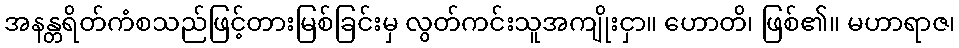
အနန္တရိတ်ကံစသည်ဖြင့်တားမြစ်ခြင်းမှ လွတ်ကင်းသူအကျိုးငှာ။ ဟောတိ၊ ဖြစ်၏။ မဟာရာဇ၊